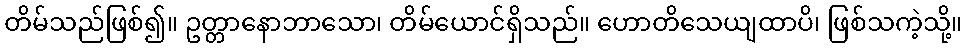
တိမ်သည်ဖြစ်၍။ ဥတ္တာနောဘာသော၊ တိမ်ယောင်ရှိသည်။ ဟောတိသေယျထာပိ၊ ဖြစ်သကဲ့သို့။